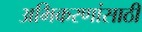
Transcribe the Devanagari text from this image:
अभिकरणांसाठी